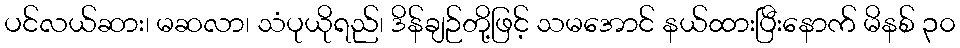
ပင်လယ်ဆား၊ မဆလာ၊ သံပုယိုရည်၊ ဒိန်ချဉ်တို့ဖြင့် သမအောင် နယ်ထားပြီးနောက် မိနစ် ၃၀